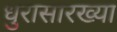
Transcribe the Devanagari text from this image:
धुरासारख्या